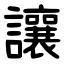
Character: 讓